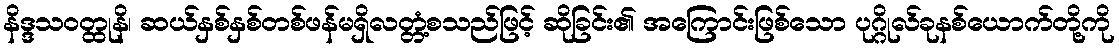
နိဒ္ဒသဝတ္ထုနိ၊ ဆယ်နှစ်နှစ်တစ်ဖန်မရှိလတ္တံ့စသည်ဖြင့် ဆိုခြင်း၏ အကြောင်းဖြစ်သော ပုဂ္ဂိုလ်ခုနစ်ယောက်တို့ကို